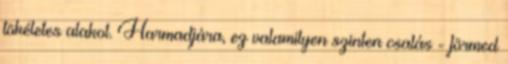
tökéletes alakot. Harmadjára, ez valamilyen szinten csalás - förmed